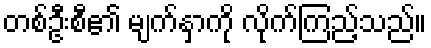
တစ်ဦးစီ၏ မျက်နှာကို လိုက်ကြည့်သည်။